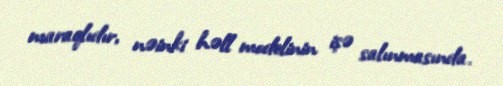
maraqlıdır, nəinki həll modelinin işə salınmasında.